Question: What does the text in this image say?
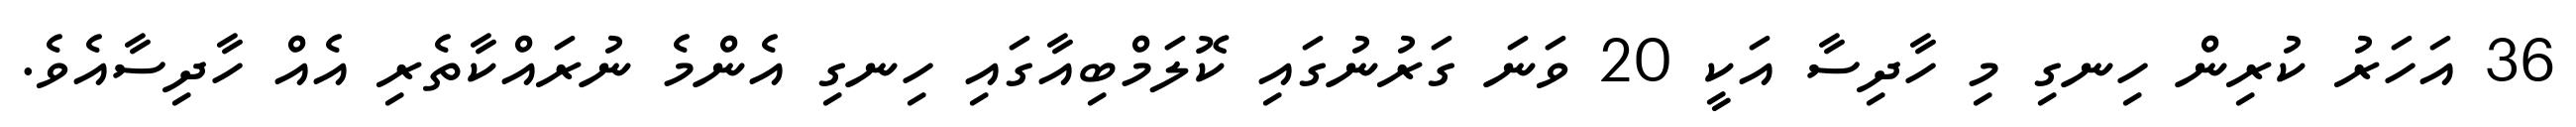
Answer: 36 އަހަރު ކުރިން ހިނގި މި ހާދިސާ އަކީ 20 ވަނަ ގަރުނުގައި ކޮލަމްބިއާގައި ހިނގި އެންމެ ނުރައްކާތެރި އެއް ހާދިސާއެވެ.